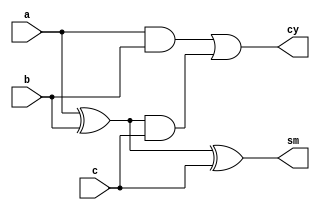
module FA_124(a,b,c,cy,sm);
input a,b,c;
output cy,sm;
wire x,y,z;
xor x1(x,a,b);
xor x2(sm,x,c);
and a1(y,a,b);
and a2(z,x,c);
or o1(cy,y,z);
endmodule